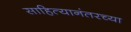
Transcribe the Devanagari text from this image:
साहित्यानंतरच्या